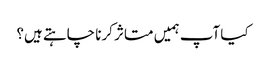
کیا آپ ہمیں متاثر کرنا چاہتے ہیں؟